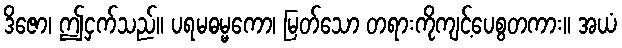
ဒိဇော၊ ဤငှက်သည်။ ပရမဓမ္မကော၊ မြတ်သော တရားကိုကျင့်ပေစွတကား။ အယံ